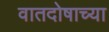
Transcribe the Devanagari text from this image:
वातदोषाच्या